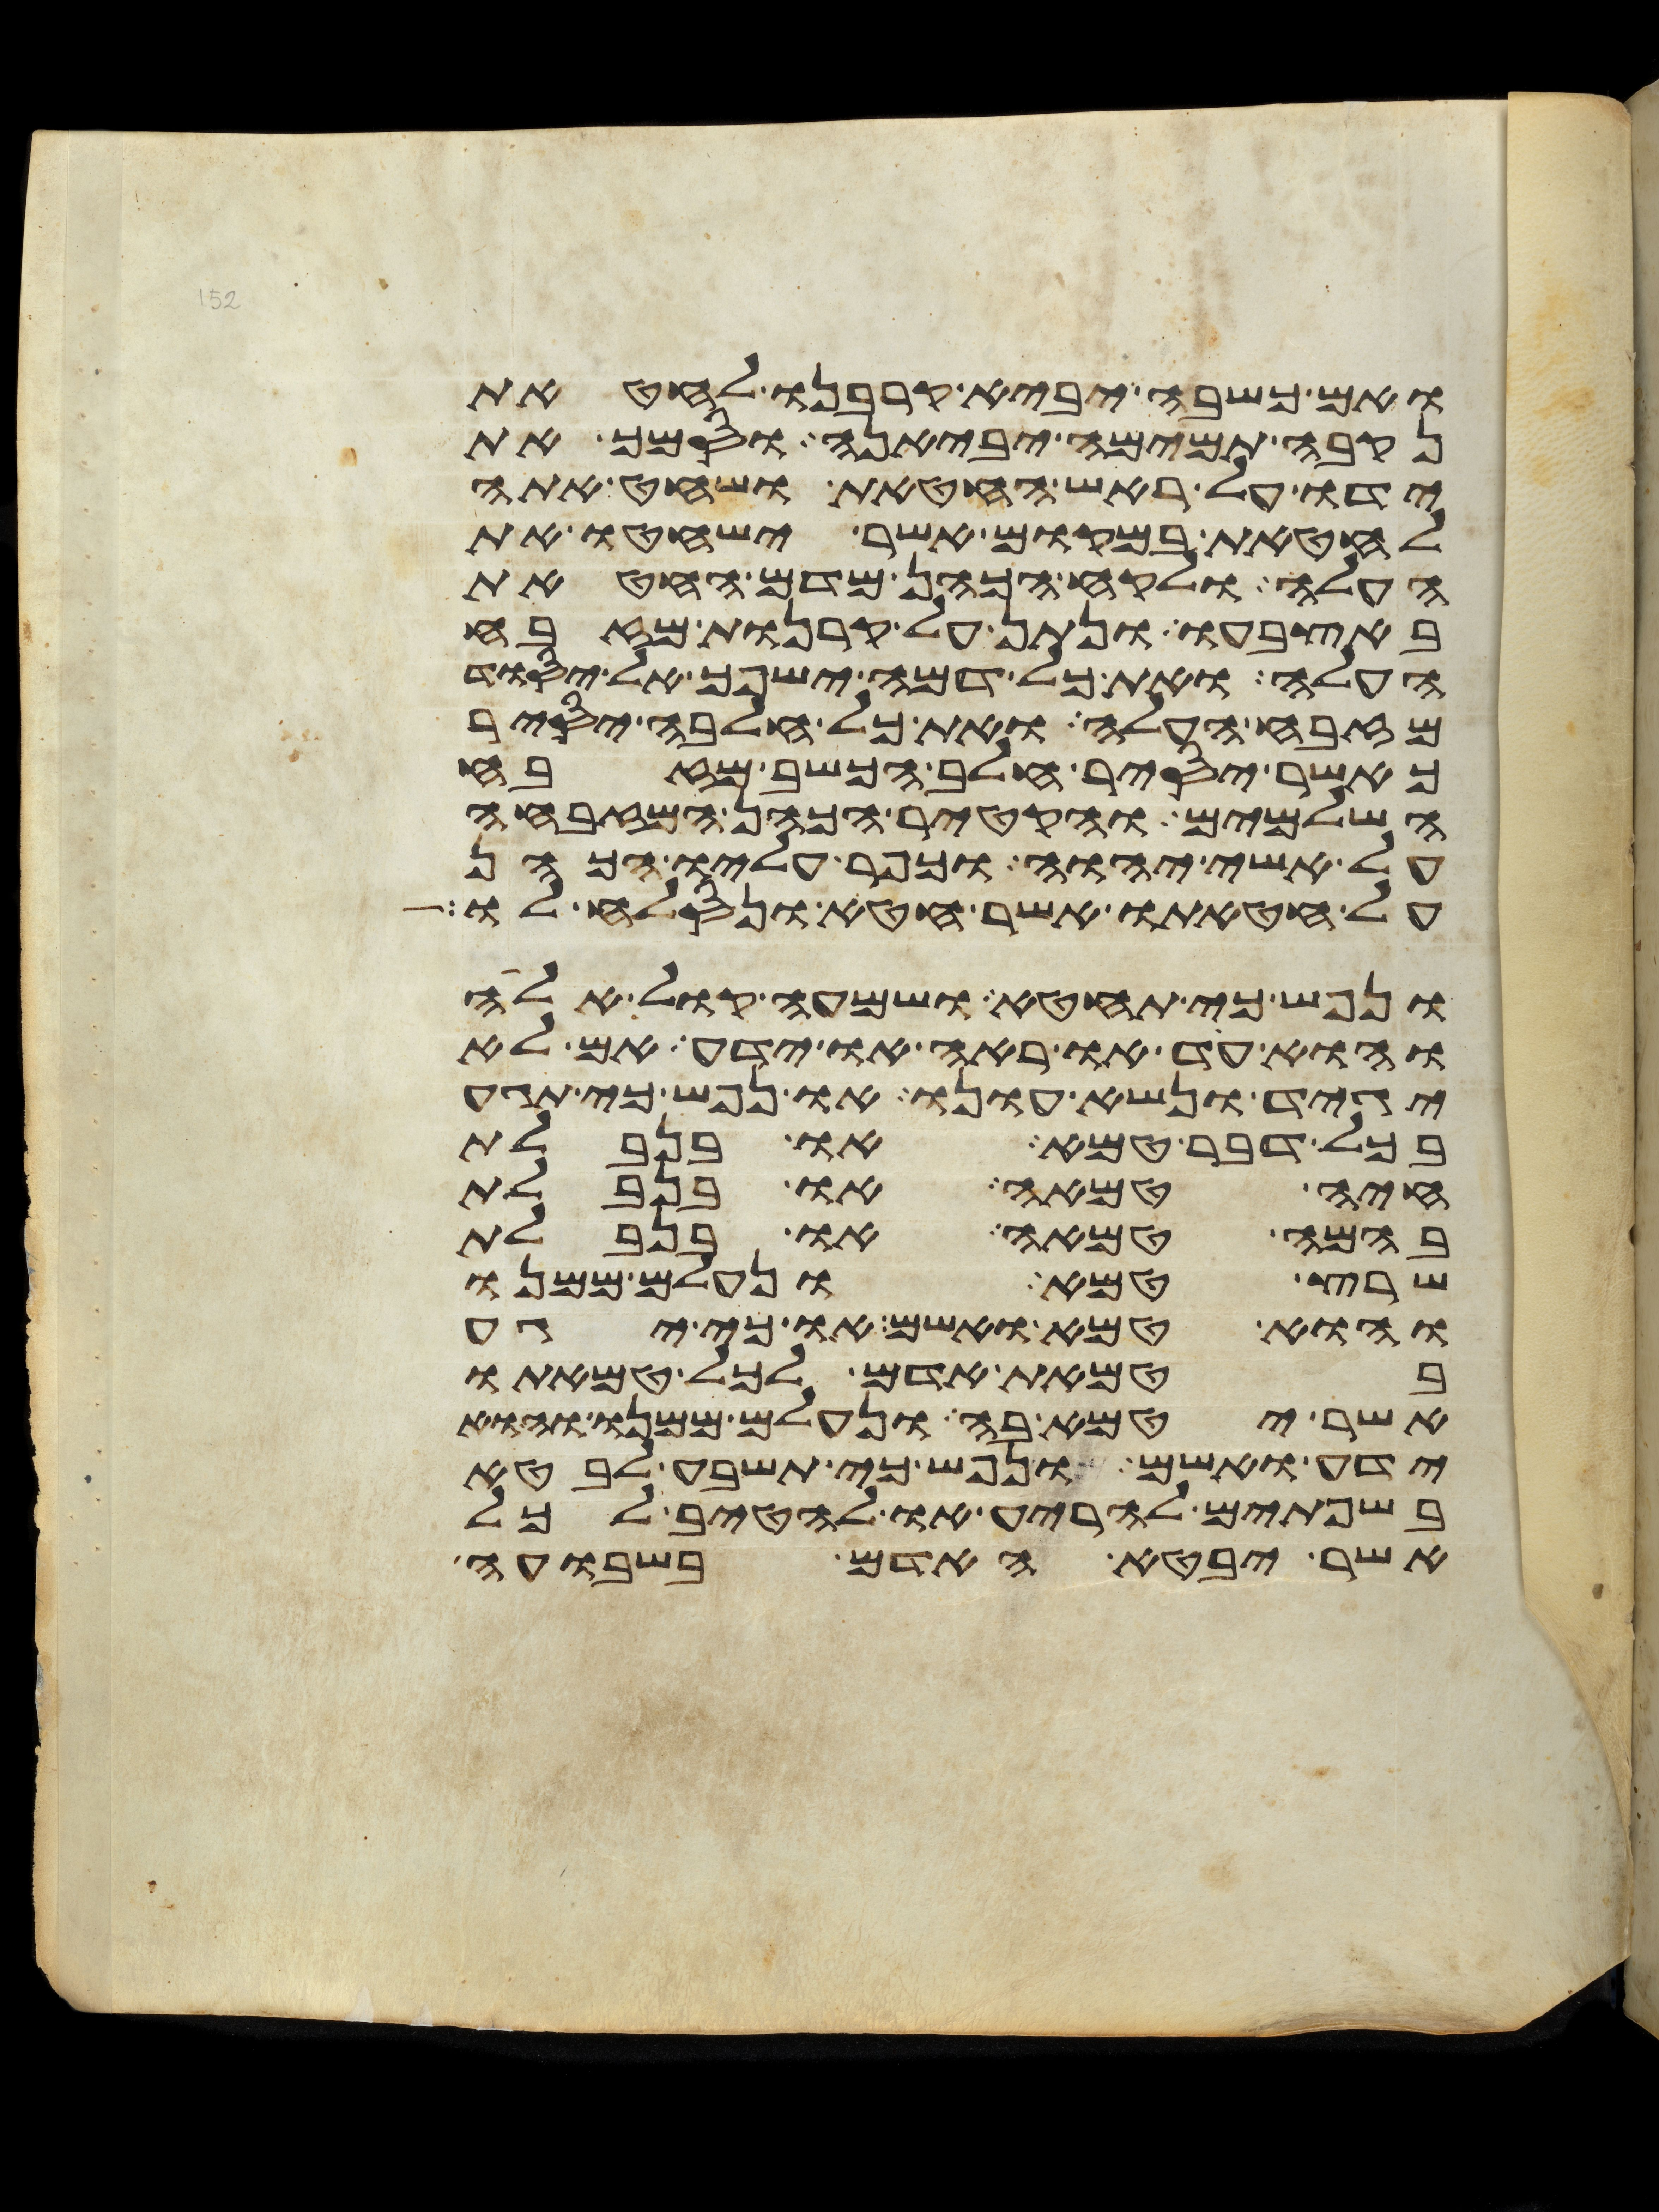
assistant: ואם כשבה יביא קרבנו לחטאת
נקבה תמימה יביאנה וסמך את
ידו על ראש החטאת ושחט אתה
לחטאת במקום אשר ישחטו את
העלה ולקח הכהן מדם החטאת
באצבעו ונתן על קרנות מזבח
העלה ואת כל דמה ישפך אל יסוד
מזבח העלה ואת כל חלבה יסיר
כאשר יסיר חלב הכשב מזבח
השלמים והקטיר הכהן המזבחה
על אשי יהוה וכפר עליו הכהן
על חטאתו אשר חטא ונסלח לו
ונפש כי תחטא ושמעה קול אלה
והוא עד או ראה או ידע אם לא
יגיד ונשא עונו או נפש כי תגע
בכל דבר טמא או בנבלת
חיה טמאה או בנבלת
בהמה טמאה או בנבלת
שרץ טמא ונעלם ממנו
והוא טמא ואשם או כי יגע
בטמאת אדם לכל טמאתו
אשר יטמא בה ונעלם ממנו והוא
ידע ואשם ונפש כי תשבע לבטא
בשפתים להריע או להטיב לכל
אשר יבטא האדם בשבועה